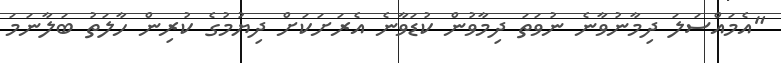
"އެމައްސަލަ ދިމާނުވާނެ ނުވަތަ ދިމާވުން ކުޑަވާނެ އެރަށަކަށް ދިޔުމުގެ ކުރިން ހާލަތު ބަލާނަމަ